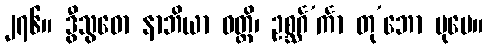
၂၇၆။ ဒွီသွဓော နာဘိယာ ဝတ္ထိ၊ ဥစ္ဆင်္ဂ’င်္ကာ တု’ဘော ပုမေ။